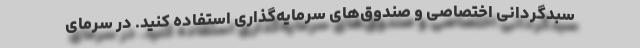
سبدگردانی اختصاصی و صندوق‌های سرمایه‌گذاری استفاده کنید. در سرمای